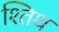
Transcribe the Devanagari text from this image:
श्तिथ